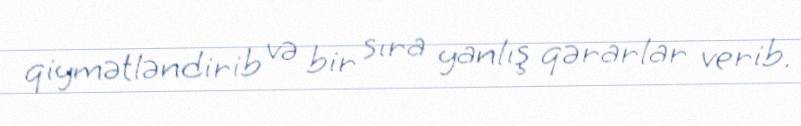
qiymətləndirib və bir sıra yanlış qərarlar verib.